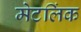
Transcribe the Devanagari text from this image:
मेटलिंक